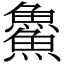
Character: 𩺰